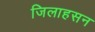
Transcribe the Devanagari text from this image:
जिलाहसन